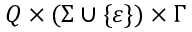
Q \times ( \Sigma \cup \{ \varepsilon \} ) \times \Gamma